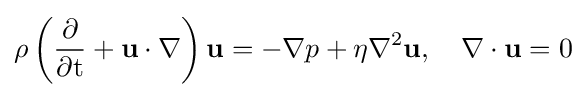
\rho \left({\dfrac {\partial }{\partial \mathrm {t} }}+\mathbf {u} \cdot \nabla \right)\mathbf {u} =-\nabla p+\eta \nabla ^{2}\mathbf {u} ,\quad \nabla \cdot \mathbf {u} =0